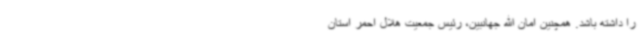
را داشته باشد. همچنین امان الله جهانبین، رئیس جمعیت هلال احمر استان